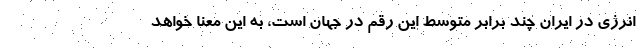
انرژی در ایران چند برابر متوسط این رقم در جهان است، به این معنا خواهد